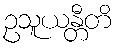
ဥသူယန္တီတိ